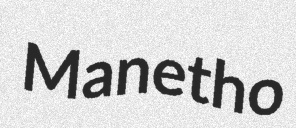
Manetho